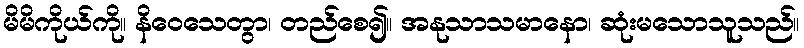
မိမိကိုယ်ကို။ နိဝေသေတွာ၊ တည်စေ၍။ အနုသာသမာနော၊ ဆုံးမသောသူသည်။